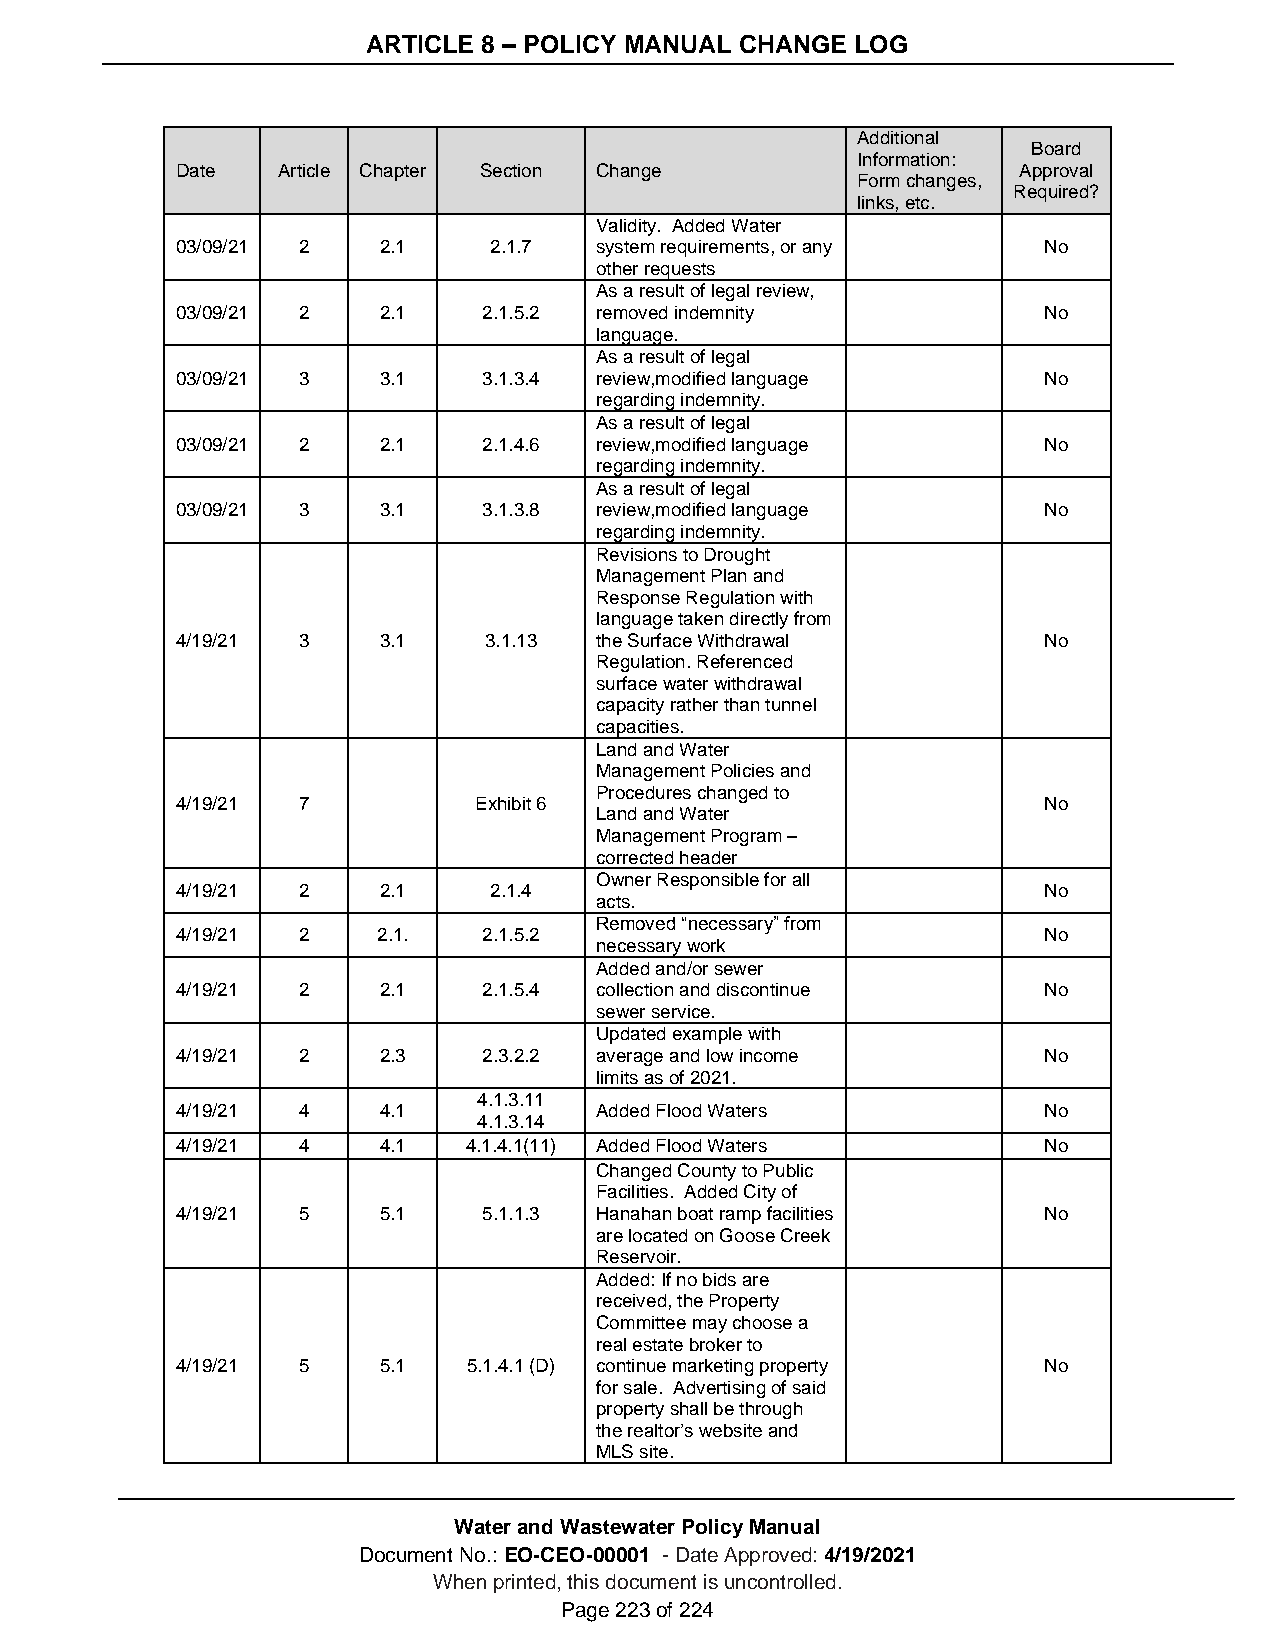
ARTICLE 8 – POLICY MANUAL CHANGE LOG
 Additional
 Board
 Information:
 Date  Article Chapter Section Change                   Approval
 Form changes,
 Required?
 links, etc.
 Validity. Added Water
 03/09/21 2   2.1    2.1.7  system requirements, or any   No
 other requests
 As a result of legal review,
 03/09/21 2   2.1    2.1.5.2 removed indemnity            No
 language.
 As a result of legal
 03/09/21 3   3.1    3.1.3.4 review,modified language     No
 regarding indemnity.
 As a result of legal
 03/09/21 2   2.1    2.1.4.6 review,modified language     No
 regarding indemnity.
 As a result of legal
 03/09/21 3   3.1    3.1.3.8 review,modified language     No
 regarding indemnity.
 Revisions to Drought
 Management Plan and
 Response Regulation with
 language taken directly from
 4/19/21 3    3.1    3.1.13 the Surface Withdrawal        No
 Regulation. Referenced
 surface water withdrawal
 capacity rather than tunnel
 capacities.
 Land and Water
 Management Policies and
 Procedures changed to
 4/19/21 7          Exhibit 6                             No
 Land and Water
 Management Program –
 corrected header
 Owner Responsible for all
 4/19/21 2    2.1    2.1.4                                No
 acts.
 Removed “necessary” from
 4/19/21 2    2.1.   2.1.5.2                              No
 necessary work
 Added and/or sewer
 4/19/21 2    2.1    2.1.5.4 collection and discontinue   No
 sewer service.
 Updated example with
 4/19/21 2    2.3    2.3.2.2 average and low income       No
 limits as of 2021.
 4.1.3.11
 4/19/21 4    4.1           Added Flood Waters            No
 4.1.3.14
 4/19/21 4    4.1   4.1.4.1(11) Added Flood Waters        No
 Changed County to Public
 Facilities. Added City of
 4/19/21 5    5.1    5.1.1.3 Hanahan boat ramp facilities No
 are located on Goose Creek
 Reservoir.
 Added: If no bids are
 received, the Property
 Committee may choose a
 real estate broker to
 4/19/21 5    5.1   5.1.4.1 (D) continue marketing property No
 for sale. Advertising of said
 property shall be through
 the realtor’s website and
 MLS site.
 Water and Wastewater Policy Manual
 Document No.: EO-CEO-00001 - Date Approved: 4/19/2021
 When printed, this document is uncontrolled.
 Page 223 of 224